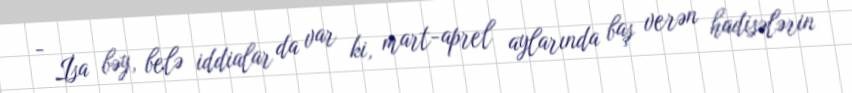
- İsa bəy, belə iddialar da var ki, mart-aprel aylarında baş verən hadisələrin